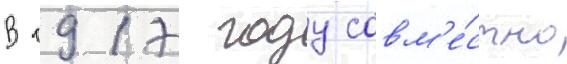
В 1917 году совм'е́стно